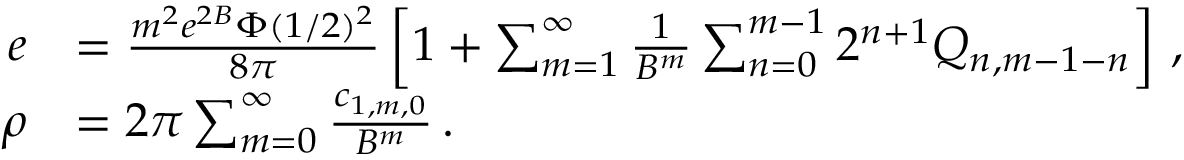
\begin{array} { r l } { e } & { = \frac { m ^ { 2 } e ^ { 2 B } \Phi ( 1 / 2 ) ^ { 2 } } { 8 \pi } \left[ 1 + \sum _ { m = 1 } ^ { \infty } \frac { 1 } { B ^ { m } } \sum _ { n = 0 } ^ { m - 1 } 2 ^ { n + 1 } Q _ { n , m - 1 - n } \right] \, , } \\ { \rho } & { = 2 \pi \sum _ { m = 0 } ^ { \infty } \frac { c _ { 1 , m , 0 } } { B ^ { m } } \, . } \end{array}